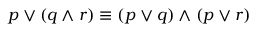
p \vee ( q \wedge r ) \equiv ( p \vee q ) \wedge ( p \vee r )